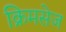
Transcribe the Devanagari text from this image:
क्रिमसेज